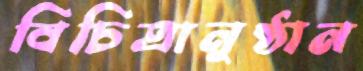
বিচিত্রানুষ্ঠান